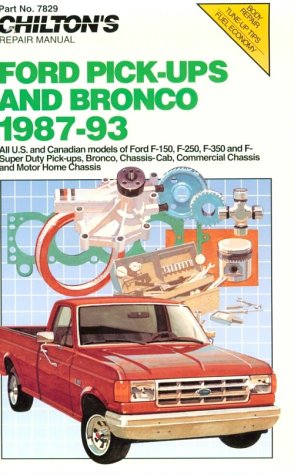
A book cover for Chilton's Ford Pick-Ups & Bronco 1987-93 (Chilton Model Specific Automotive Repair Manuals); The Chilton Editors; Engineering & Transportation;